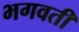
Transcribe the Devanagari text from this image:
भगवतीं